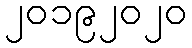
၂၀၁၉၂၀၂၀